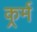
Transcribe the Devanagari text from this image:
कर्र्म